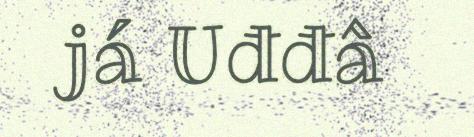
já Uđđâ